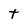
Character: t